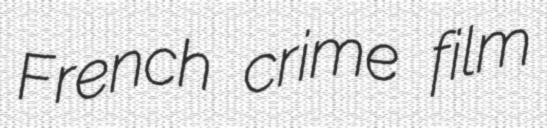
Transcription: French crime film